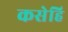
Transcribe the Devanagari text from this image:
कसेहि